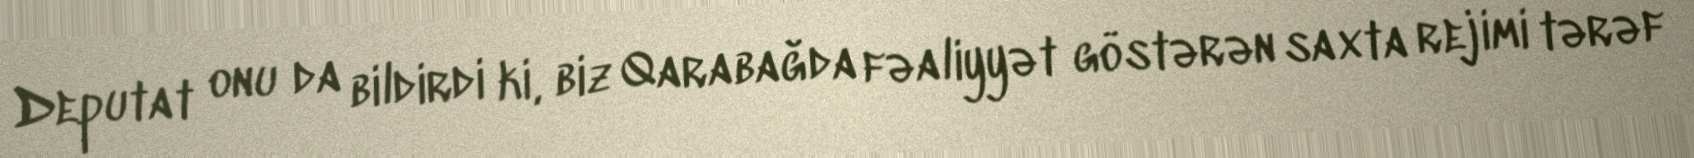
Deputat onu da bildirdi ki, biz Qarabağda fəaliyyət göstərən saxta rejimi tərəf